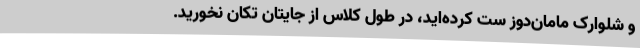
و شلوارک مامان‌دوز ست کرده‌اید، در طول کلاس از جایتان تکان نخورید.